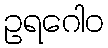
ဥရဂေါဝ